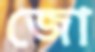
জো